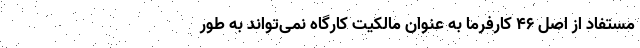
مستفاد از اصل ۴۶ کارفرما به عنوان مالکیت کارگاه نمی‌تواند به طور